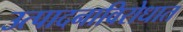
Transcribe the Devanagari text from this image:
उत्पादनाविरोधात